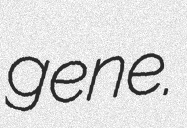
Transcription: gene.